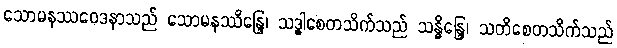
သောမနဿဝေဒနာသည် သောမနဿိန္ဒြေ၊ သဒ္ဓါစေတသိက်သည် သန္ဓိန္ဒြေ၊ သတိစေတသိက်သည်